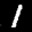
Label: 1